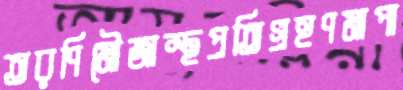
তরণিমৌজাস্থপ্রতিগ্রহণমাপা